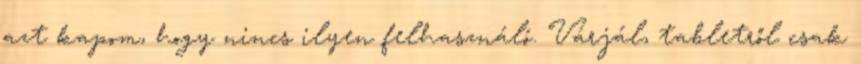
azt kapom, hogy nincs ilyen felhasználó. Várjál, tabletről csak